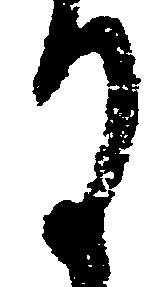
謹